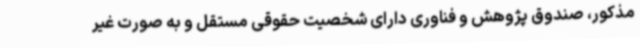
مذکور، صندوق پژوهش و فناوری دارای شخصیت حقوقی مستقل و به صورت غیر